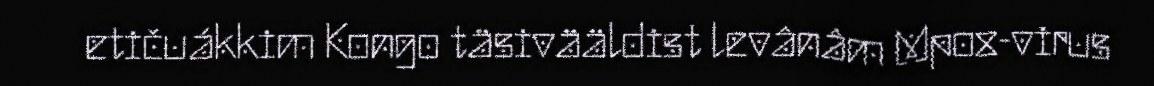
etičuákkim Kongo täsivääldist levânâm Mpox-virus